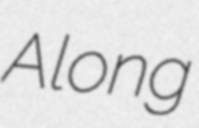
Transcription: Along